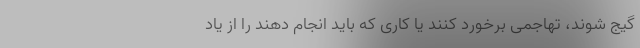
گیج شوند، تهاجمی برخورد کنند یا کاری که باید انجام دهند را از یاد